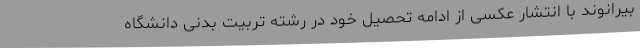
بیرانوند با انتشار عکسی از ادامه تحصیل خود در رشته تربیت بدنی دانشگاه